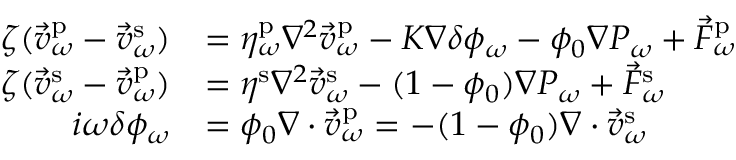
\begin{array} { r l } { \zeta ( \vec { v } _ { \omega } ^ { \mathrm { p } } - \vec { v } _ { \omega } ^ { \mathrm { s } } ) } & { = \eta _ { \omega } ^ { \mathrm { p } } \nabla ^ { 2 } \vec { v } _ { \omega } ^ { \mathrm { p } } - K \nabla \delta \phi _ { \omega } - \phi _ { 0 } \nabla P _ { \omega } + \vec { F } _ { \omega } ^ { \mathrm { p } } } \\ { \zeta ( \vec { v } _ { \omega } ^ { \mathrm { s } } - \vec { v } _ { \omega } ^ { \mathrm { p } } ) } & { = \eta ^ { \mathrm { s } } \nabla ^ { 2 } \vec { v } _ { \omega } ^ { \mathrm { s } } - ( 1 - \phi _ { 0 } ) \nabla P _ { \omega } + \vec { F } _ { \omega } ^ { \mathrm { s } } } \\ { i \omega \delta \phi _ { \omega } } & { = \phi _ { 0 } \nabla \cdot \vec { v } _ { \omega } ^ { \mathrm { p } } = - ( 1 - \phi _ { 0 } ) \nabla \cdot \vec { v } _ { \omega } ^ { \mathrm { s } } } \end{array}